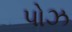
પોઝ